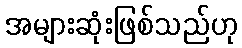
အများဆုံးဖြစ်သည်ဟု